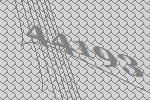
44193